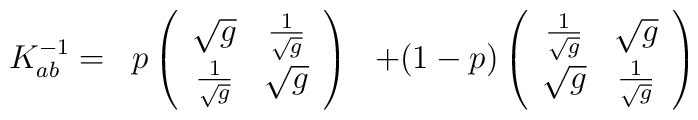
\begin{array}{ccc} K^{-1}_{ab} = & p \left(\begin{array}{cc}\sqrt{g} & { 1 \over \sqrt{g}} \\{1 \over \sqrt{g}} & \sqrt{g}\end{array} \right) & + (1-p)\left(\begin{array}{cc}{ 1 \over \sqrt{g}} & \sqrt{g}\\\sqrt{g} & { 1 \over \sqrt{g}}\end{array} \right)\end{array}